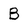
Character: B